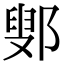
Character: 鄋